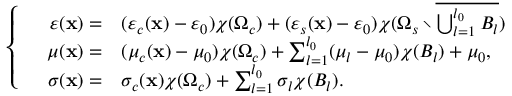
\left\{ \begin{array} { r l } { \varepsilon ( \mathbf { x } ) = } & { { } ( \varepsilon _ { c } ( \mathbf { x } ) - \varepsilon _ { 0 } ) \chi ( \Omega _ { c } ) + ( \varepsilon _ { s } ( \mathbf { x } ) - \varepsilon _ { 0 } ) \chi ( \Omega _ { s } \setminus \overline { { \bigcup _ { l = 1 } ^ { l _ { 0 } } B _ { l } } } ) } \\ { \quad \mu ( \mathbf { x } ) = } & { { } ( \mu _ { c } ( \mathbf { x } ) - \mu _ { 0 } ) \chi ( \Omega _ { c } ) + \sum _ { l = 1 } ^ { l _ { 0 } } ( \mu _ { l } - \mu _ { 0 } ) \chi ( B _ { l } ) + \mu _ { 0 } , } \\ { \sigma ( \mathbf { x } ) = } & { { } \sigma _ { c } ( \mathbf { x } ) \chi ( \Omega _ { c } ) + \sum _ { l = 1 } ^ { l _ { 0 } } \sigma _ { l } \chi ( B _ { l } ) . } \end{array} \right.